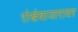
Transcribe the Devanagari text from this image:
रोखेबाजारावर